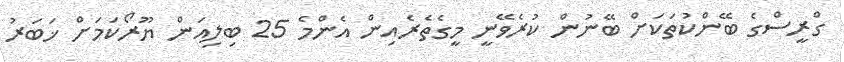
ގްރީސްގެ ބޭންކުތަކަށް ބޭނުން ކުރެވޭނީ މީގެތެރެއިން އެންމެ 25 ބިލިއަން ޔޫރޯކަމަށް ޚަބަރު